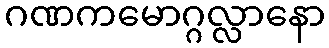
ဂဏကမောဂ္ဂလ္လာနော